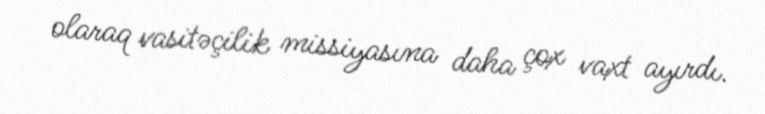
olaraq vasitəçilik missiyasına daha çox vaxt ayırdı.